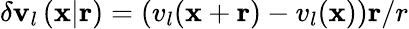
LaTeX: \delta\mathbf{v}_{l}\left(\mathbf{x}|\mathbf{r}\right)=\left(v_{l}(\mathbf{x}+\mathbf{r})-v_{l}(\mathbf{x})\right)\mathbf{r}/r